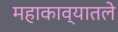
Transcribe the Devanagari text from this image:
महाकाव्यातले